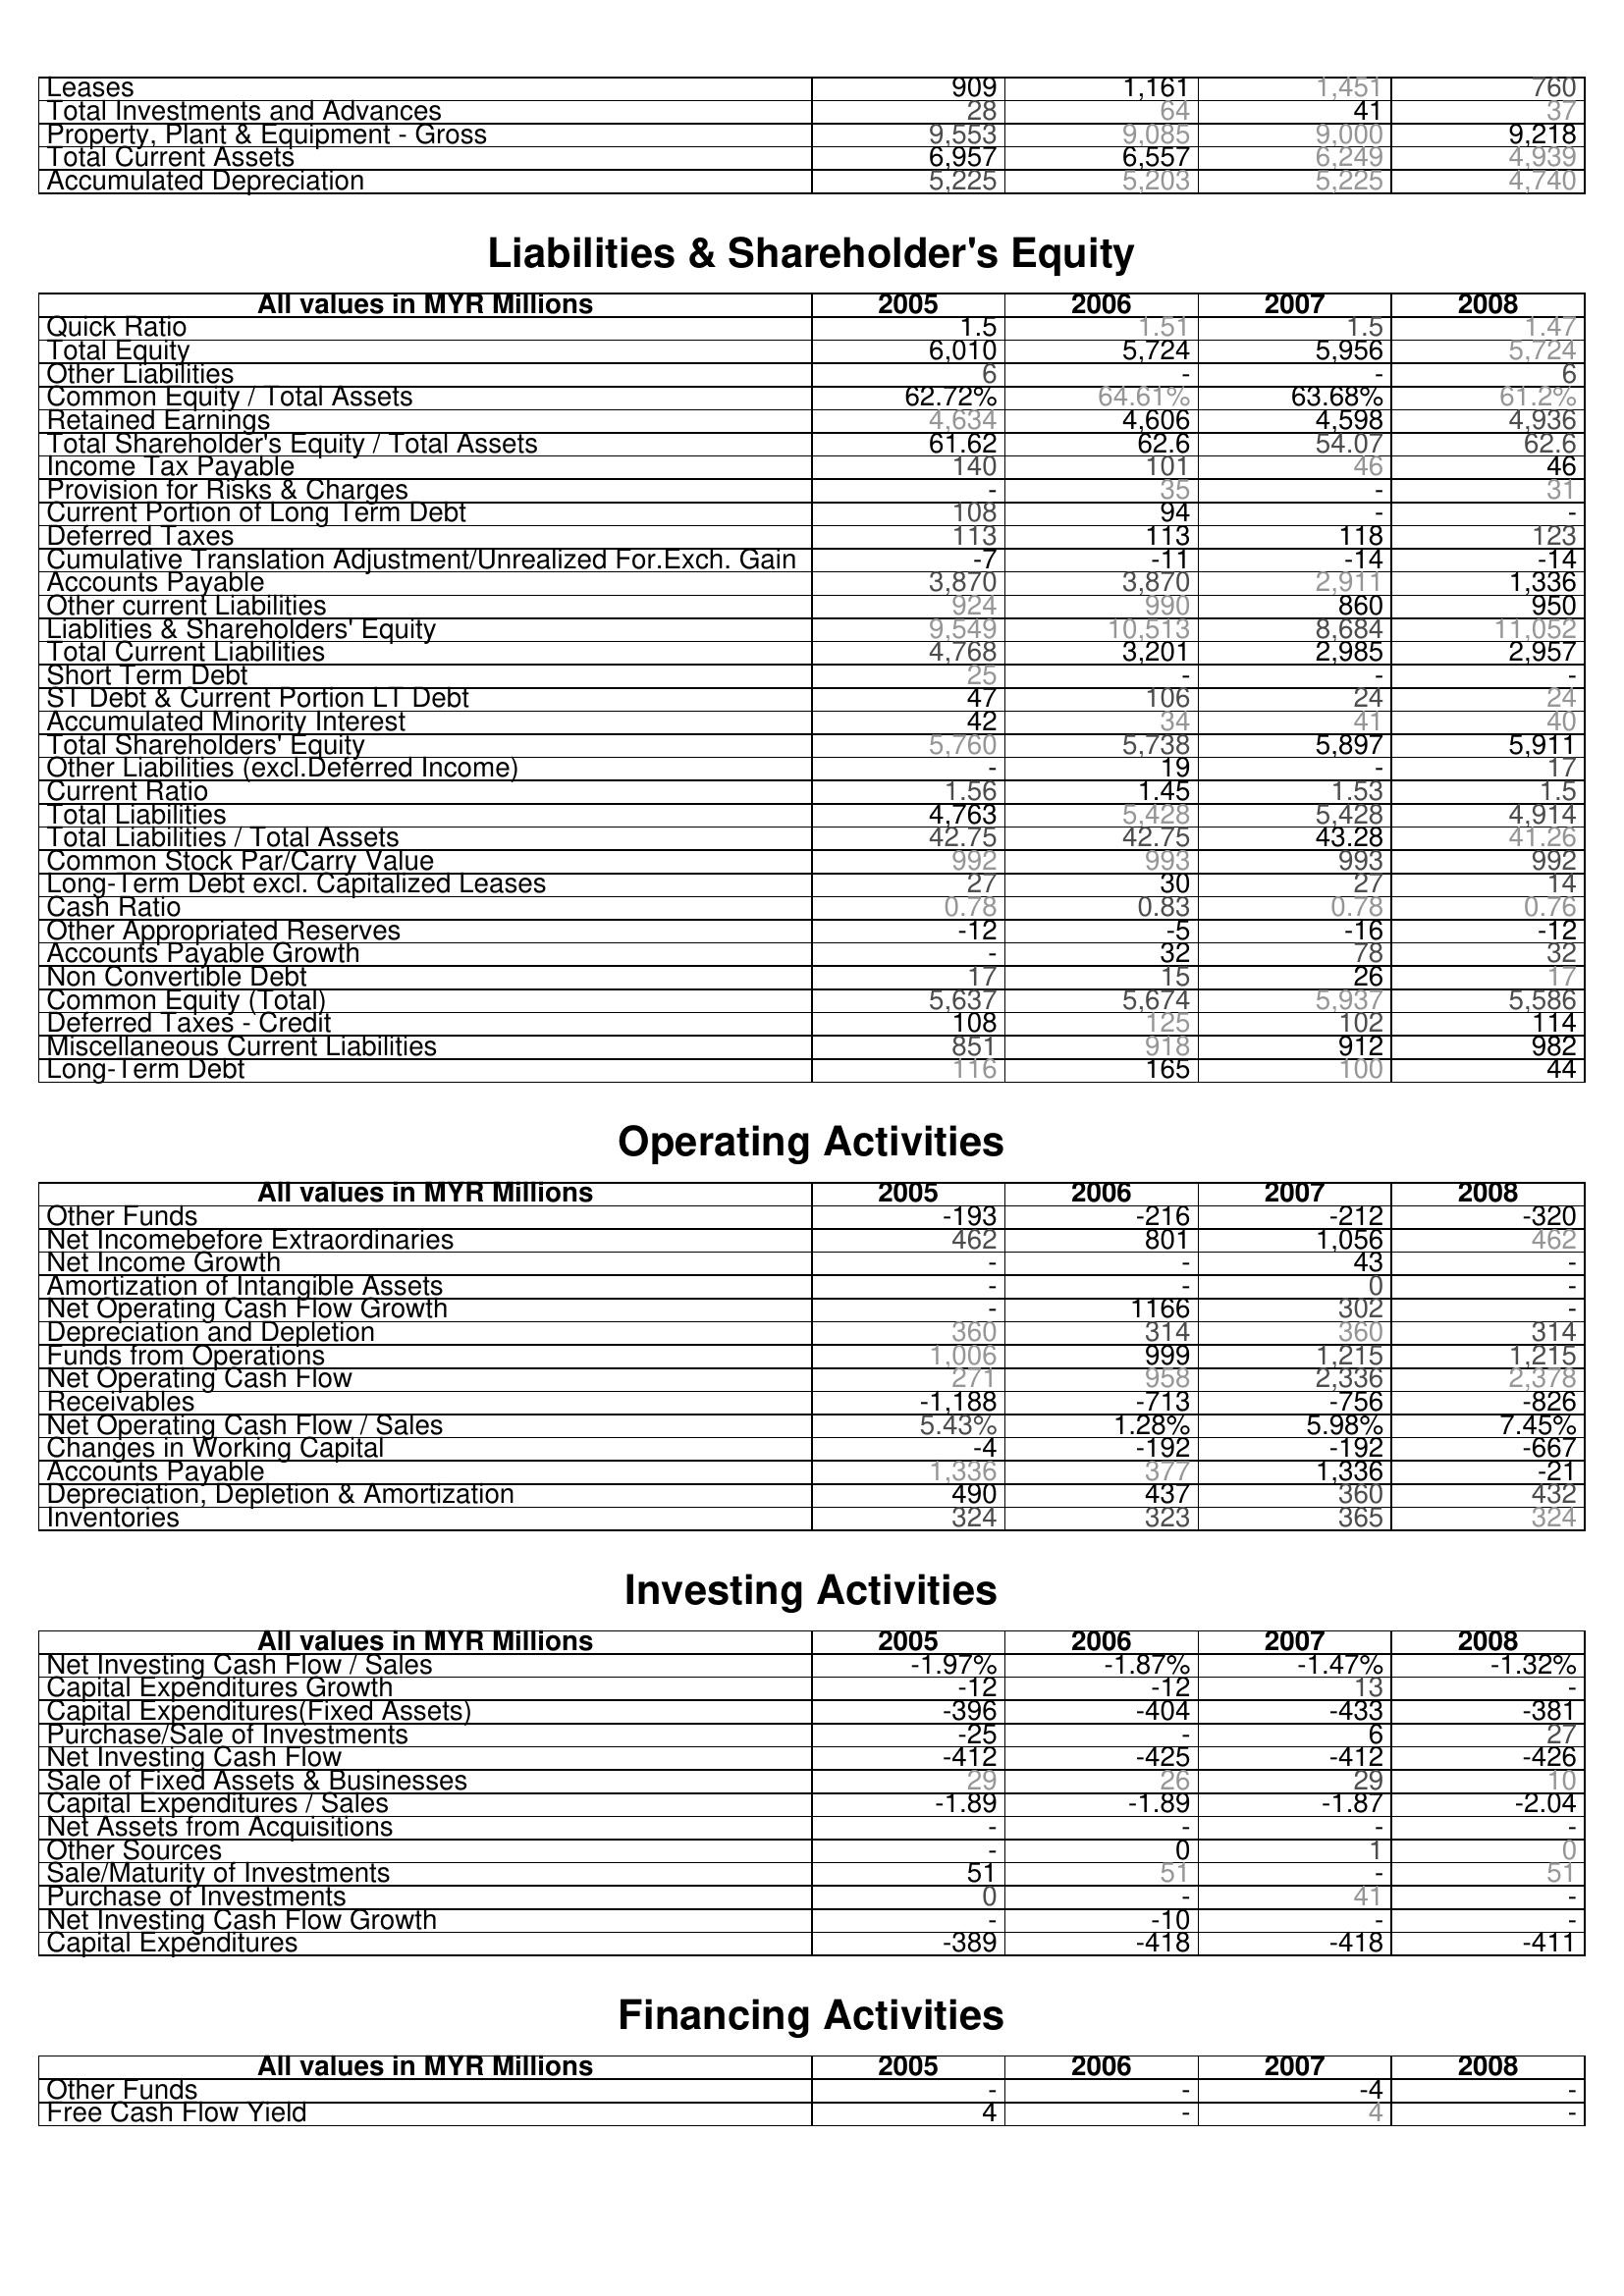
2005: Assets: Leases: 909
Total Investments and Advances: 28
Property, Plant & Equipment - Gross : 9,553
Total Current Assets: 6,957
Accumulated Depreciation: 5,225
Liabilities & Shareholder's Equity: Quick Ratio: 1.5
Total Equity: 6,010
Other Liabilities: 6
Common Equity / Total Assets: 62.72%
Retained Earnings: 4,634
Total Shareholder's Equity / Total Assets: 61.62
Income Tax Payable: 140
Provision for Risks & Charges: -
Current Portion of Long Term Debt: 108
Deferred Taxes: 113
Cumulative Translation Adjustment/Unrealized For.Exch. Gain: -7
Accounts Payable: 3,870
Other current Liabilities: 924
Liablities & Shareholders' Equity: 9,549
Total Current Liabilities: 4,768
Short Term Debt: 25
ST Debt & Current Portion LT Debt: 47
Accumulated Minority Interest: 42
Total Shareholders' Equity: 5,760
Other Liabilities (excl.Deferred Income): -
Current Ratio: 1.56
Total Liabilities: 4,763
Total Liabilities / Total Assets: 42.75
Common Stock Par/Carry Value: 992
Long-Term Debt excl. Capitalized Leases: 27
Cash Ratio: 0.78
Other Appropriated Reserves: -12
Accounts Payable Growth: -
Non Convertible Debt: 17
Common Equity (Total): 5,637
Deferred Taxes - Credit: 108
Miscellaneous Current Liabilities: 851
Long-Term Debt: 116
Operating Activities: Other Funds: -193
Net Incomebefore Extraordinaries: 462
Net Income Growth: -
Amortization of Intangible Assets: -
Net Operating Cash Flow Growth: -
Depreciation and Depletion: 360
Funds from Operations: 1,006
Net Operating Cash Flow: 271
Receivables: -1,188
Net Operating Cash Flow / Sales: 5.43%
Changes in Working Capital: -4
Accounts Payable: 1,336
Depreciation, Depletion & Amortization: 490
Inventories: 324
Investing Activities: Net Investing Cash Flow / Sales: -1.97%
Capital Expenditures Growth: -12
Capital Expenditures(Fixed Assets): -396
Purchase/Sale of Investments: -25
Net Investing Cash Flow: -412
Sale of Fixed Assets & Businesses: 29
Capital Expenditures / Sales: -1.89
Net Assets from Acquisitions: -
Other Sources: -
Sale/Maturity of Investments: 51
Purchase of Investments: 0
Net Investing Cash Flow Growth: -
Capital Expenditures: -389
Financing Activities: Other Funds: -
Free Cash Flow Yield: 4
2006: Assets: Leases: 1,161
Total Investments and Advances: 64
Property, Plant & Equipment - Gross : 9,085
Total Current Assets: 6,557
Accumulated Depreciation: 5,203
Liabilities & Shareholder's Equity: Quick Ratio: 1.51
Total Equity: 5,724
Other Liabilities: -
Common Equity / Total Assets: 64.61%
Retained Earnings: 4,606
Total Shareholder's Equity / Total Assets: 62.6
Income Tax Payable: 101
Provision for Risks & Charges: 35
Current Portion of Long Term Debt: 94
Deferred Taxes: 113
Cumulative Translation Adjustment/Unrealized For.Exch. Gain: -11
Accounts Payable: 3,870
Other current Liabilities: 990
Liablities & Shareholders' Equity: 10,513
Total Current Liabilities: 3,201
Short Term Debt: -
ST Debt & Current Portion LT Debt: 106
Accumulated Minority Interest: 34
Total Shareholders' Equity: 5,738
Other Liabilities (excl.Deferred Income): 19
Current Ratio: 1.45
Total Liabilities: 5,428
Total Liabilities / Total Assets: 42.75
Common Stock Par/Carry Value: 993
Long-Term Debt excl. Capitalized Leases: 30
Cash Ratio: 0.83
Other Appropriated Reserves: -5
Accounts Payable Growth: 32
Non Convertible Debt: 15
Common Equity (Total): 5,674
Deferred Taxes - Credit: 125
Miscellaneous Current Liabilities: 918
Long-Term Debt: 165
Operating Activities: Other Funds: -216
Net Incomebefore Extraordinaries: 801
Net Income Growth: -
Amortization of Intangible Assets: -
Net Operating Cash Flow Growth: 1166
Depreciation and Depletion: 314
Funds from Operations: 999
Net Operating Cash Flow: 958
Receivables: -713
Net Operating Cash Flow / Sales: 1.28%
Changes in Working Capital: -192
Accounts Payable: 377
Depreciation, Depletion & Amortization: 437
Inventories: 323
Investing Activities: Net Investing Cash Flow / Sales: -1.87%
Capital Expenditures Growth: -12
Capital Expenditures(Fixed Assets): -404
Purchase/Sale of Investments: -
Net Investing Cash Flow: -425
Sale of Fixed Assets & Businesses: 26
Capital Expenditures / Sales: -1.89
Net Assets from Acquisitions: -
Other Sources: 0
Sale/Maturity of Investments: 51
Purchase of Investments: -
Net Investing Cash Flow Growth: -10
Capital Expenditures: -418
Financing Activities: Other Funds: -
Free Cash Flow Yield: -
2007: Assets: Leases: 1,451
Total Investments and Advances: 41
Property, Plant & Equipment - Gross : 9,000
Total Current Assets: 6,249
Accumulated Depreciation: 5,225
Liabilities & Shareholder's Equity: Quick Ratio: 1.5
Total Equity: 5,956
Other Liabilities: -
Common Equity / Total Assets: 63.68%
Retained Earnings: 4,598
Total Shareholder's Equity / Total Assets: 54.07
Income Tax Payable: 46
Provision for Risks & Charges: -
Current Portion of Long Term Debt: -
Deferred Taxes: 118
Cumulative Translation Adjustment/Unrealized For.Exch. Gain: -14
Accounts Payable: 2,911
Other current Liabilities: 860
Liablities & Shareholders' Equity: 8,684
Total Current Liabilities: 2,985
Short Term Debt: -
ST Debt & Current Portion LT Debt: 24
Accumulated Minority Interest: 41
Total Shareholders' Equity: 5,897
Other Liabilities (excl.Deferred Income): -
Current Ratio: 1.53
Total Liabilities: 5,428
Total Liabilities / Total Assets: 43.28
Common Stock Par/Carry Value: 993
Long-Term Debt excl. Capitalized Leases: 27
Cash Ratio: 0.78
Other Appropriated Reserves: -16
Accounts Payable Growth: 78
Non Convertible Debt: 26
Common Equity (Total): 5,937
Deferred Taxes - Credit: 102
Miscellaneous Current Liabilities: 912
Long-Term Debt: 100
Operating Activities: Other Funds: -212
Net Incomebefore Extraordinaries: 1,056
Net Income Growth: 43
Amortization of Intangible Assets: 0
Net Operating Cash Flow Growth: 302
Depreciation and Depletion: 360
Funds from Operations: 1,215
Net Operating Cash Flow: 2,336
Receivables: -756
Net Operating Cash Flow / Sales: 5.98%
Changes in Working Capital: -192
Accounts Payable: 1,336
Depreciation, Depletion & Amortization: 360
Inventories: 365
Investing Activities: Net Investing Cash Flow / Sales: -1.47%
Capital Expenditures Growth: 13
Capital Expenditures(Fixed Assets): -433
Purchase/Sale of Investments: 6
Net Investing Cash Flow: -412
Sale of Fixed Assets & Businesses: 29
Capital Expenditures / Sales: -1.87
Net Assets from Acquisitions: -
Other Sources: 1
Sale/Maturity of Investments: -
Purchase of Investments: 41
Net Investing Cash Flow Growth: -
Capital Expenditures: -418
Financing Activities: Other Funds: -4
Free Cash Flow Yield: 4
2008: Assets: Leases: 760
Total Investments and Advances: 37
Property, Plant & Equipment - Gross : 9,218
Total Current Assets: 4,939
Accumulated Depreciation: 4,740
Liabilities & Shareholder's Equity: Quick Ratio: 1.47
Total Equity: 5,724
Other Liabilities: 6
Common Equity / Total Assets: 61.2%
Retained Earnings: 4,936
Total Shareholder's Equity / Total Assets: 62.6
Income Tax Payable: 46
Provision for Risks & Charges: 31
Current Portion of Long Term Debt: -
Deferred Taxes: 123
Cumulative Translation Adjustment/Unrealized For.Exch. Gain: -14
Accounts Payable: 1,336
Other current Liabilities: 950
Liablities & Shareholders' Equity: 11,052
Total Current Liabilities: 2,957
Short Term Debt: -
ST Debt & Current Portion LT Debt: 24
Accumulated Minority Interest: 40
Total Shareholders' Equity: 5,911
Other Liabilities (excl.Deferred Income): 17
Current Ratio: 1.5
Total Liabilities: 4,914
Total Liabilities / Total Assets: 41.26
Common Stock Par/Carry Value: 992
Long-Term Debt excl. Capitalized Leases: 14
Cash Ratio: 0.76
Other Appropriated Reserves: -12
Accounts Payable Growth: 32
Non Convertible Debt: 17
Common Equity (Total): 5,586
Deferred Taxes - Credit: 114
Miscellaneous Current Liabilities: 982
Long-Term Debt: 44
Operating Activities: Other Funds: -320
Net Incomebefore Extraordinaries: 462
Net Income Growth: -
Amortization of Intangible Assets: -
Net Operating Cash Flow Growth: -
Depreciation and Depletion: 314
Funds from Operations: 1,215
Net Operating Cash Flow: 2,378
Receivables: -826
Net Operating Cash Flow / Sales: 7.45%
Changes in Working Capital: -667
Accounts Payable: -21
Depreciation, Depletion & Amortization: 432
Inventories: 324
Investing Activities: Net Investing Cash Flow / Sales: -1.32%
Capital Expenditures Growth: -
Capital Expenditures(Fixed Assets): -381
Purchase/Sale of Investments: 27
Net Investing Cash Flow: -426
Sale of Fixed Assets & Businesses: 10
Capital Expenditures / Sales: -2.04
Net Assets from Acquisitions: -
Other Sources: 0
Sale/Maturity of Investments: 51
Purchase of Investments: -
Net Investing Cash Flow Growth: -
Capital Expenditures: -411
Financing Activities: Other Funds: -
Free Cash Flow Yield: -